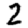
Digit: 2